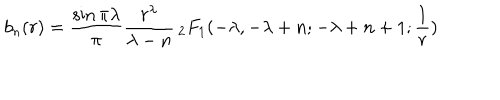
b _ { n } ( r ) = \frac { \sin \pi \lambda } { \pi } \frac { r ^ { \lambda } } { \lambda - n } \, _ { 2 } F _ { 1 } ( - \lambda , - \lambda + n ; - \lambda + n + 1 ; \frac 1 r )